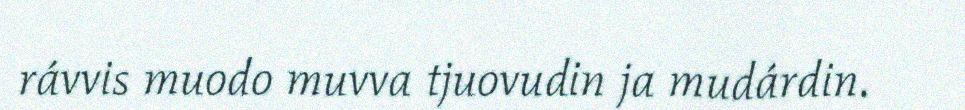
rávvis muodo muvva tjuovudin ja mudárdin.